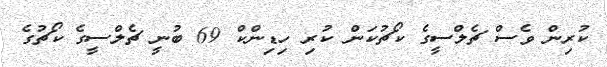
ކުރިން ވެސް ޗެލްސީގެ ކޯޗުކަން ކުރި ހިޑިންކް 69 ބުނީ ޗެލްސީގެ ކޯޗުގެ